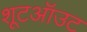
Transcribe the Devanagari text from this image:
शूटऑउट